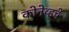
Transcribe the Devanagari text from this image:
कोनेव्हचे